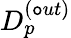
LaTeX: D_{p}^{(\mathtt{o}ut)}